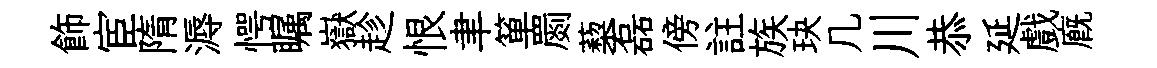
飾宦隋溽愕瞩嶽趁恨聿箪罽蔾磊傍註族玦几川恭延戲廐